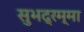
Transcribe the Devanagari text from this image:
सुभद्रम्मा